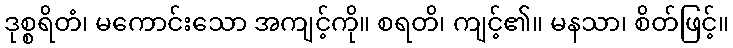
ဒုစ္စရိတံ၊ မကောင်းသော အကျင့်ကို။ စရတိ၊ ကျင့်၏။ မနသာ၊ စိတ်ဖြင့်။